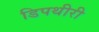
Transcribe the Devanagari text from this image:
डिपथीरी